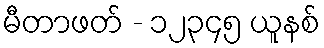
မီတာဖတ် - ၁၂၃၄၅ ယူနစ်